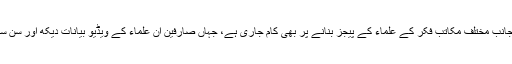
دوسری جانب مختلف مکاتب فکر کے علماء کے پیجز بنانے پر بھی کام جاری ہے، جہاں صارفین ان علماء کے ویڈیو بیانات دیکھ اور سن سکیں گے۔